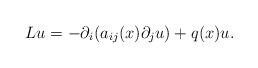
LaTeX: \begin{align*}Lu=-\partial_i(a_{ij}(x)\partial_j u) +q(x)u.\end{align*}